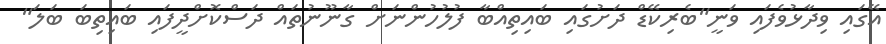
އޭގައި ވިދާޅުވެފައި ވަނީ"ބެރިކޭޑް ދަށުގައި ބައިތިއްބާ ފުލުހުންނަށް ގާނޫނުތައް ދަސްކޮށްދީފައި ބައިތިބަ ބަލަ"